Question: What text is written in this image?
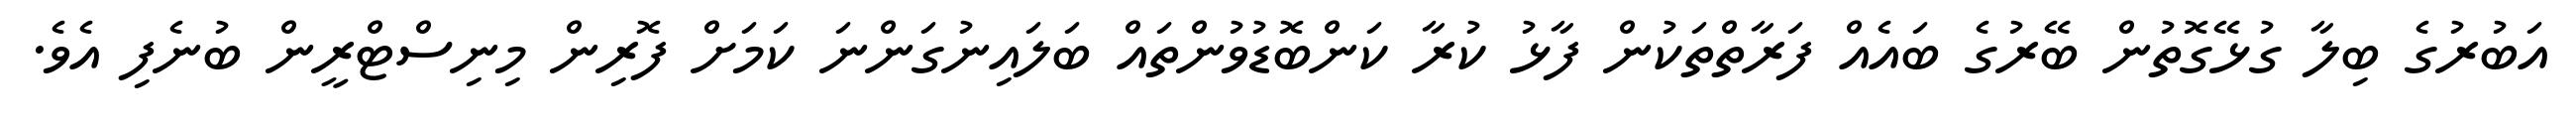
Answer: އަބުރުގެ ބިލާ ގުޅޭގޮތުން ބޭރުގެ ބައެއް ފަރާތްތަކުން ފާޅު ކުރާ ކަންބޮޑުވުންތައް ބަލައިނުގަންނަ ކަމަށް ފޮރިން މިނިސްޓްރީން ބުނެފި އެވެ.